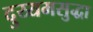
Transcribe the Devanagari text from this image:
दुय्यमसुद्धा